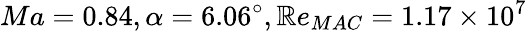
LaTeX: Ma=0.84,\alpha=6.06^{\circ},\mathbb{R}e_{MAC}=1.17\times{10^{7}}